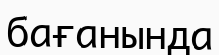
бағанында